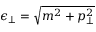
\epsilon _ { \bot } = \sqrt { m ^ { 2 } + p _ { \bot } ^ { 2 } }